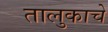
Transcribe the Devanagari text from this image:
तालुकाचे